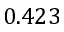
0 . 4 2 3